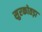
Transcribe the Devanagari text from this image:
सुरकोतड़ा